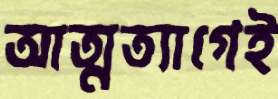
আত্মত্যাগেই